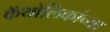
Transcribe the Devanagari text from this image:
कॅथोलिकांच्या